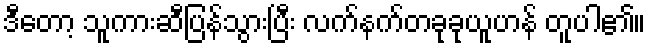
ဒီတော့ သူကားဆီပြန်သွားပြီး လက်နက်တခုခုယူဟန် တူပါ၏။